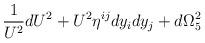
LaTeX: \begin{align*}\frac{1}{U^2}dU^2+U^2\eta^{ij}dy_i dy_j+d\Omega_{5}^{2}\end{align*}